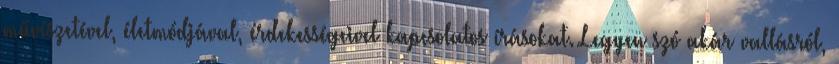
művészetével, életmódjával, érdekességeivel kapcsolatos írásokat. Legyen szó akár vallásról,